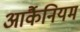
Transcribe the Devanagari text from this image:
आर्कैनियम